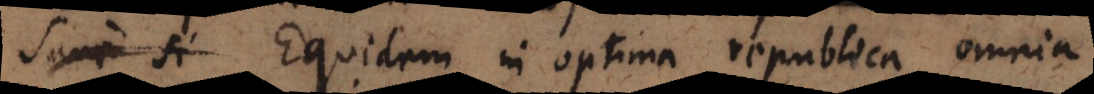
Sane si Equidem in optima republica omnia